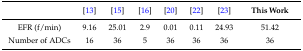
<table><thead><tr><td></td><td><b>[13]</b></td><td><b>[15]</b></td><td><b>[16]</b></td><td><b>[20]</b></td><td><b>[22]</b></td><td><b>[23]</b></td><td><b>This Work</b></td></tr></thead><tbody><tr><td>EFR (f/min)</td><td>9.16</td><td>25.01</td><td>2.9</td><td>0.01</td><td>0.11</td><td>24.93</td><td>51.42</td></tr><tr><td>Number of ADCs</td><td>16</td><td>36</td><td>5</td><td>36</td><td>36</td><td>36</td><td>36</td></tr></tbody></table>